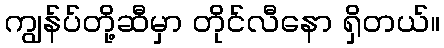
ကျွန်ပ်တို့ဆီမှာ တိုင်လီနော ရှိတယ်။